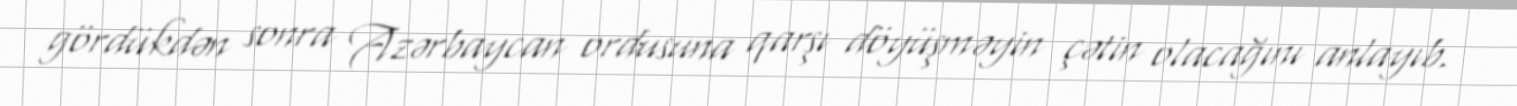
gördükdən sonra Azərbaycan ordusuna qarşı döyüşməyin çətin olacağını anlayıb.